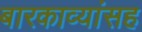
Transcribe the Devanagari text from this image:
बारकाव्यांसह